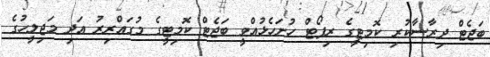
ބަޖެޓް ދިރާސާކުރި ކޮމިޓީގެ ރިޕޯޓް ހުށަހެޅުއްވީ ބަޖެޓް ކޮމިޓީގެ މުގައްރިރު އަދި މަޖިލީހުގެ